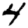
Digit: 4